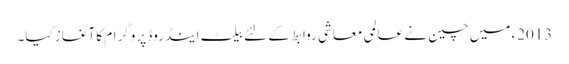
2013ء میں چین نے عالمی معاشی روابط کے لئے بیلٹ اینڈ روڈ پروگرام کا آغاز کیا۔